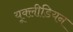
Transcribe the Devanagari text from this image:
यूक्लीडियन